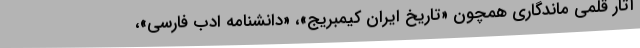
آثار قلمی ماندگاری همچون «تاریخ ایران کیمبریج»، «دانشنامه ادب فارسی»،